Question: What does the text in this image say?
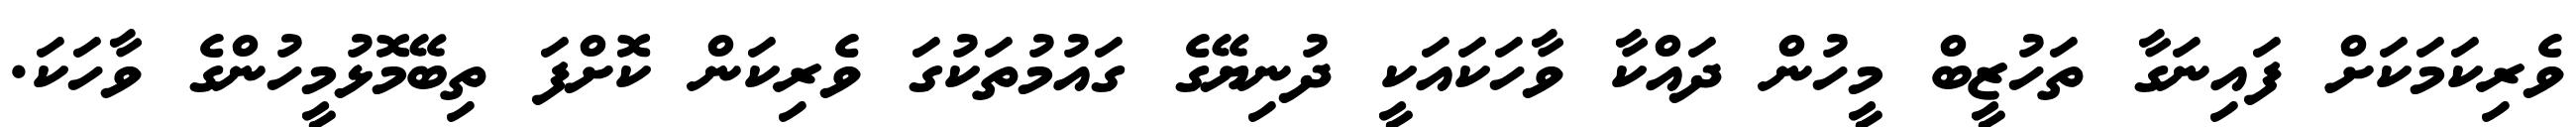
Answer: ވެރިކަމަކަށް ފައިނަގާ ތަހުޒީބް މީހުން ދައްކާ ވާހަކައަކީ ދުނިޔޭގެ ގައުމުތަކުގަ ވެރިކަން ކޮށްފަ ތިބޭމޮޅުމީހުންގެ ވާހަކަ.